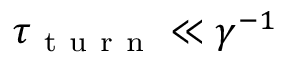
\tau _ { \mathrm { ~ t ~ u ~ r ~ n ~ } } \ll \gamma ^ { - 1 }